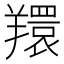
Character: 𦏖